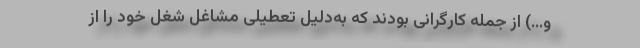
و...) از جمله کارگرانی بودند که به‌دلیل تعطیلی مشاغل شغل خود را از